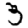
Digit: 3